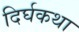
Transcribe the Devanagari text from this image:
दिर्घकथा